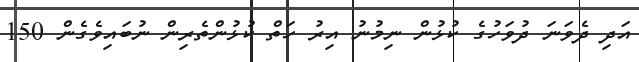
އަދި ދެވަނަ ދުވަހުގެ ކުޅުން ނިމުނު އިރު ހަތް ކުޅުންތެރިން ނުބައިވެގެން 150